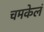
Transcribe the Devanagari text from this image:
चमकेलं